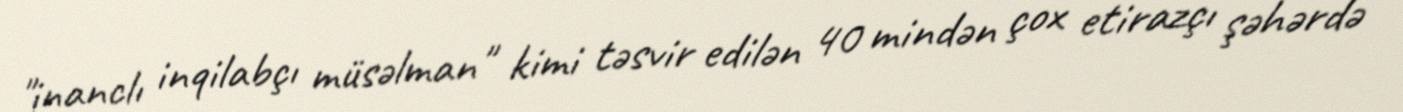
"inanclı inqilabçı müsəlman" kimi təsvir edilən 40 mindən çox etirazçı şəhərdə